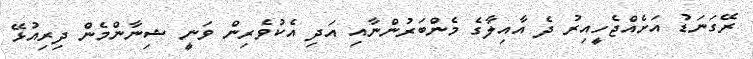
ރޭގަނަޑު އަށެއްޖެހީއިރު ދެ އާއިލާގެ މެންބަރުންނާއި އަދި އެކުވެރިން ވަނީ ޝިނާންމެން ދިރިއުޅޭ